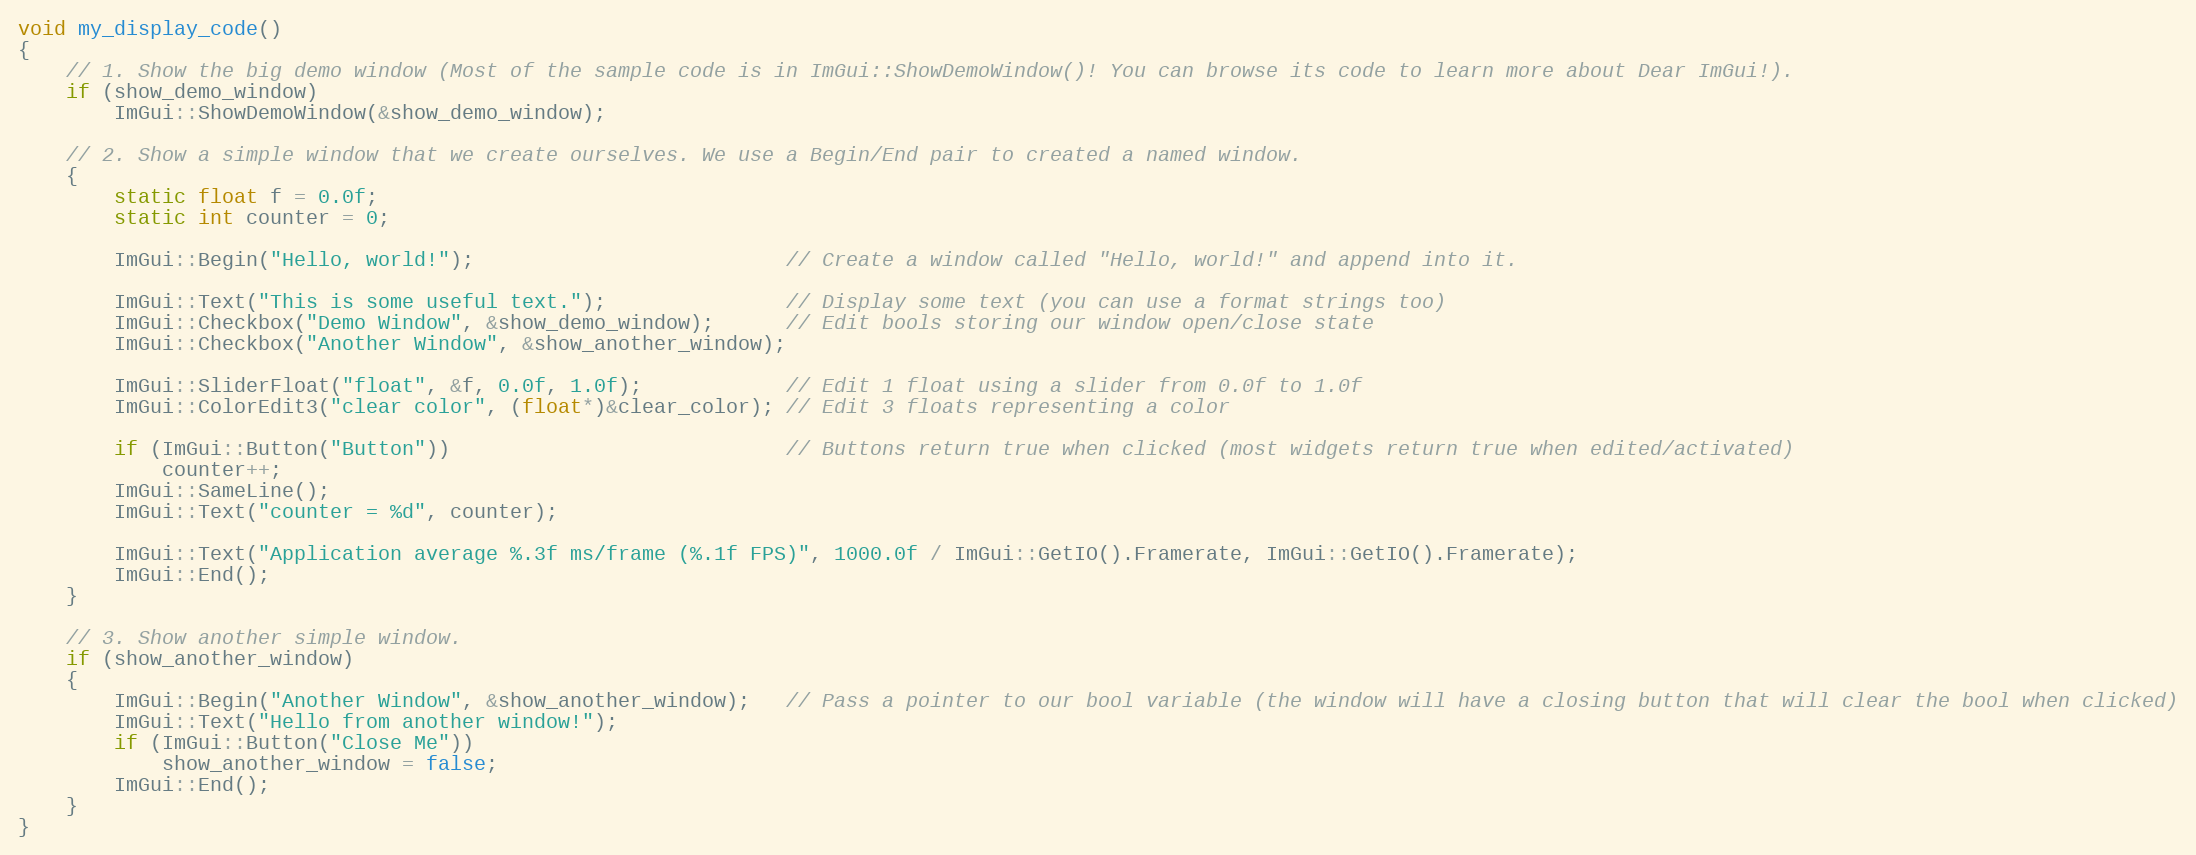
Language: C++
void my_display_code()
{
    // 1. Show the big demo window (Most of the sample code is in ImGui::ShowDemoWindow()! You can browse its code to learn more about Dear ImGui!).
    if (show_demo_window)
        ImGui::ShowDemoWindow(&show_demo_window);

    // 2. Show a simple window that we create ourselves. We use a Begin/End pair to created a named window.
    {
        static float f = 0.0f;
        static int counter = 0;

        ImGui::Begin("Hello, world!");                          // Create a window called "Hello, world!" and append into it.

        ImGui::Text("This is some useful text.");               // Display some text (you can use a format strings too)
        ImGui::Checkbox("Demo Window", &show_demo_window);      // Edit bools storing our window open/close state
        ImGui::Checkbox("Another Window", &show_another_window);

        ImGui::SliderFloat("float", &f, 0.0f, 1.0f);            // Edit 1 float using a slider from 0.0f to 1.0f
        ImGui::ColorEdit3("clear color", (float*)&clear_color); // Edit 3 floats representing a color

        if (ImGui::Button("Button"))                            // Buttons return true when clicked (most widgets return true when edited/activated)
            counter++;
        ImGui::SameLine();
        ImGui::Text("counter = %d", counter);

        ImGui::Text("Application average %.3f ms/frame (%.1f FPS)", 1000.0f / ImGui::GetIO().Framerate, ImGui::GetIO().Framerate);
        ImGui::End();
    }

    // 3. Show another simple window.
    if (show_another_window)
    {
        ImGui::Begin("Another Window", &show_another_window);   // Pass a pointer to our bool variable (the window will have a closing button that will clear the bool when clicked)
        ImGui::Text("Hello from another window!");
        if (ImGui::Button("Close Me"))
            show_another_window = false;
        ImGui::End();
    }
}